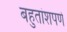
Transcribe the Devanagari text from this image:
बहुतांशपणे